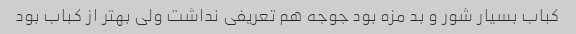
کباب بسیار شور و بد مزه بود جوجه هم تعریفی نداشت ولی بهتر از کباب بود